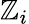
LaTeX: \mathbb{Z}_{i}